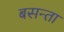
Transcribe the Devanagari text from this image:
बसन्ता